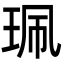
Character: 珮